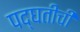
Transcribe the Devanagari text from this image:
पद्घतीची